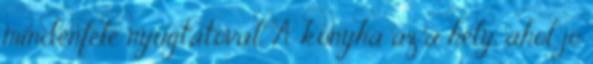
mindenféle nyugtatóval. A konyha az a hely, ahol jó